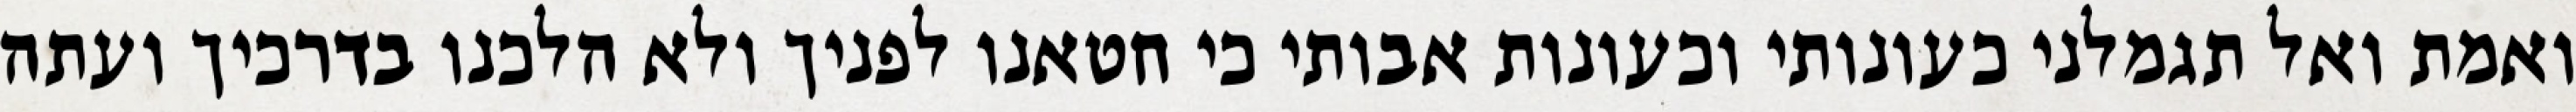
ואמת ואל תגמלני כעונותי וכעונות אבותי כי חטאנו לפניך ולא הלכנו בדרכיך ועתה